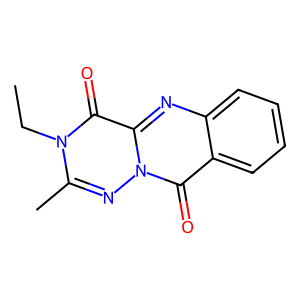
SMILES: CCn1c(C)nn2c(=O)c3ccccc3nc2c1=O
Inhibits HIV replication: No